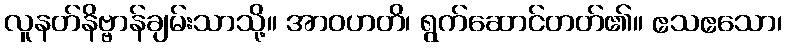
လူနတ်နိဗ္ဗာန်ချမ်းသာသို့။ အာဝဟတိ၊ ရွက်ဆောင်တတ်၏။ ဧသဧသော၊